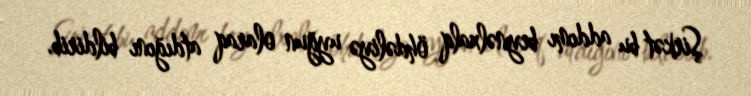
Şirkət bu addımı beynəlxalq öhdəliyə uyğun olaraq atdığını bildirib.